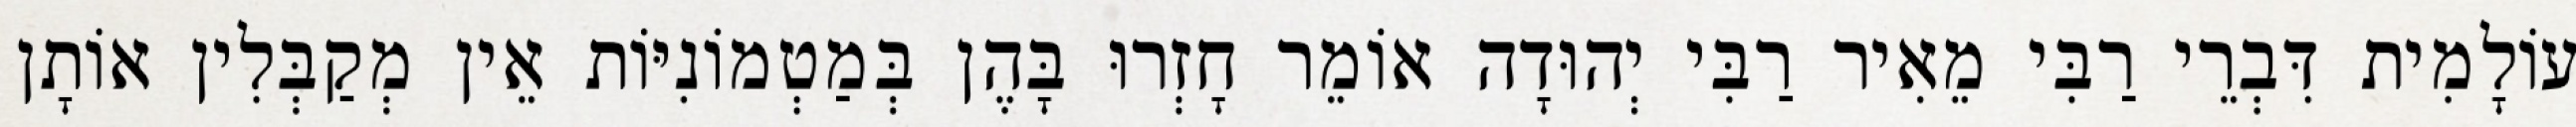
עוֹלָמִית דִּבְרֵי רַבִּי מֵאִיר רַבִּי יְהוּדָה אוֹמֵר חָזְרוּ בָּהֶן בְּמַטְמוֹנִיּוֹת אֵין מְקַבְּלִין אוֹתָן